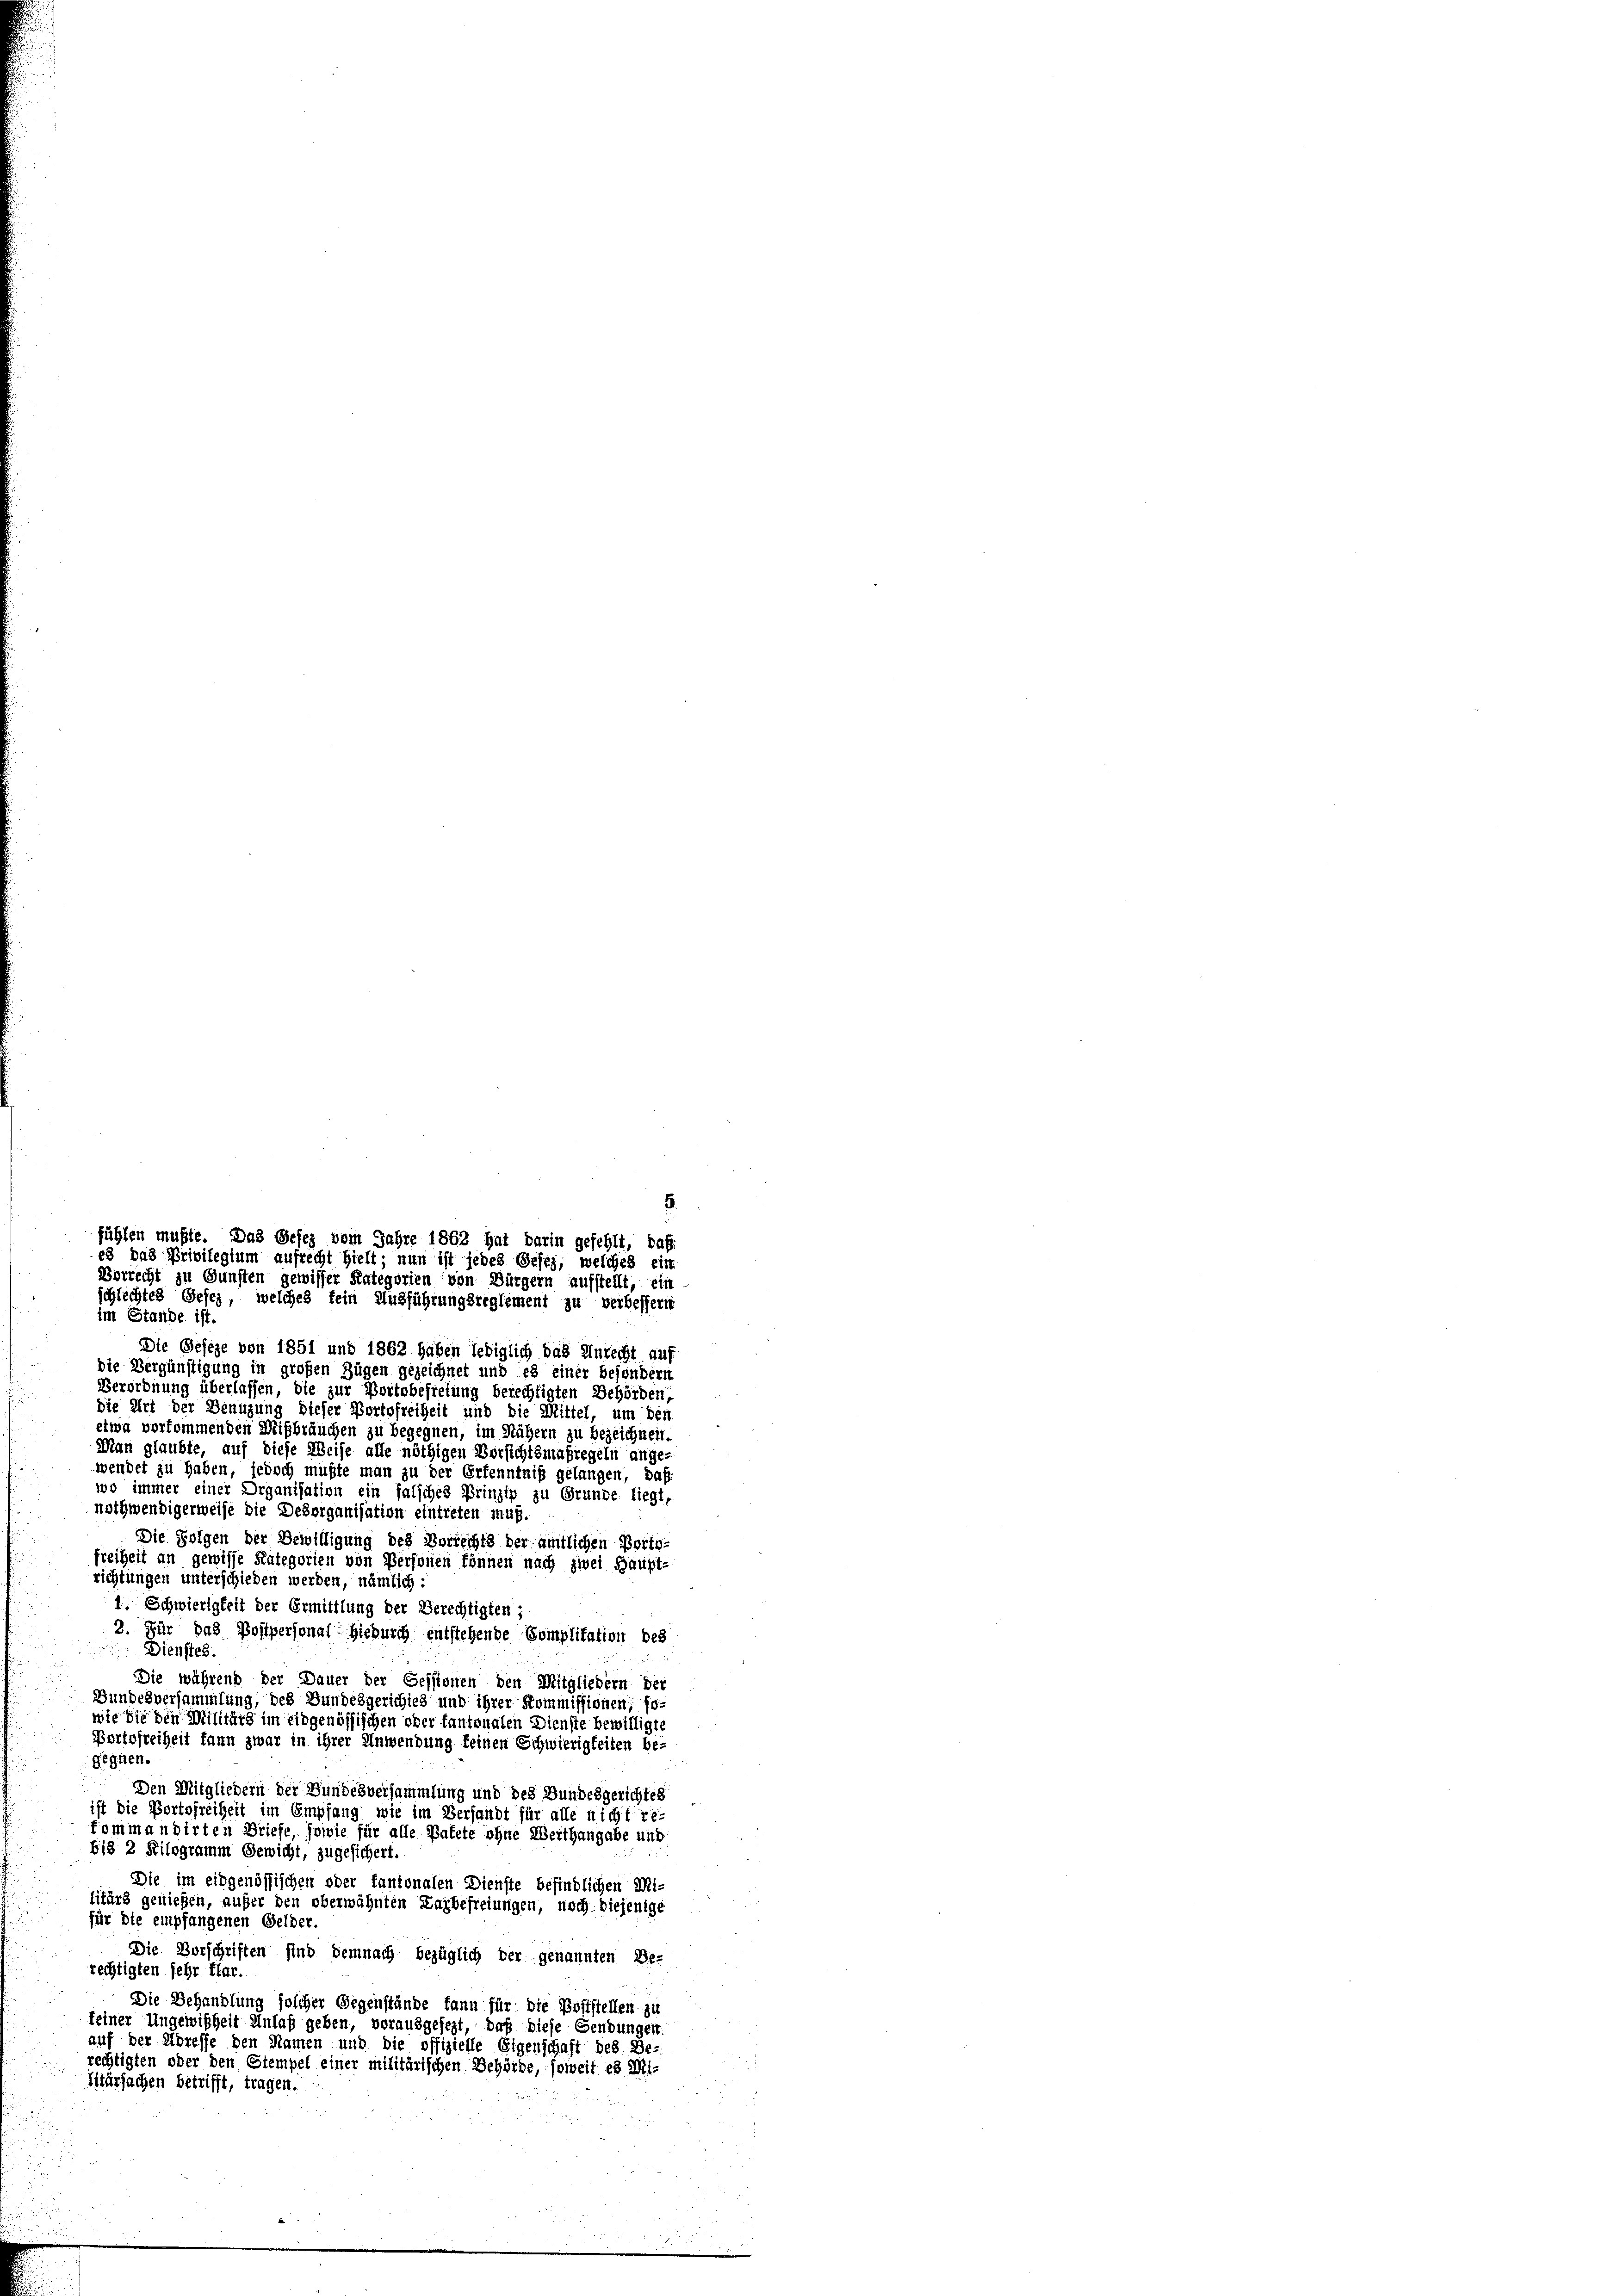
5
fühlen mußte. Das Gesez vom Jahre 1862 hat darin gefehlt, daß
es das Privilegium aufrecht hielt; nun ist jedes Geses, welches ein
Vorrecht zu Gunsten gewisser Kategorien von Bürgern aufstellt, ein
schlechtes Geset, welches fein Ausführungsreglement zu verbessern
im Stande ist.

Die Geseze von 1851 und 1862 haben lediglich das Unrecht auf
die Vergünstigung in großen Zügen gezeichnet und es einer besondern
Verordnung überlassen, die zur Portobefreiung berechtigten Behörden,
Die Art der Benuzung dieser Portofreiheit und die Mittel, um den
etwa vorkommenden Mißbräuchen zu begegnen, im Nähern zu bezeichnen.
Man glaubte, auf diese Weise alle nöthigen Versichtsmaßregeln ange-
wendet zu haben, jedoch mußte man zu der Erkenntniß gelangen, daß
wo immer einer Organisation ein falsches Prinzip zu Grunde liegt,
nothwendigerweise die Desorganisation eintreten muß.
Die Folgen der Bewilligung des Vorrechts der amtlichen Portofreiheit an gewisse Kategorien von Personen können nach zwei Haupt-
richtungen unterschieden werden, nämlich:
1. Schwierigkeit der Ermittlung der Berechtigten;
2. Für das Postpersonal hiedurch entstehende Complitation des
Dienstes.
Die während der Dauer der Sessionen den Mitgliedern der
Bundesversammlung, des Bundesgerichtes und ihrer Kommissionen, so
wie die den Militärs im eidgenössischen oder tantonalen Dienste bewilligte
Portofreiheit kann zwar in ihrer Anwendung keinen Schwierigkeiten be-
gegnen.
Den Mitgliedern der Bundesversammlung und des Bundesgerichtes
ist die Portofreiheit im Empfang wie im Versandt für alle nicht re-
fommandirten Briefe, sowie für alle Patete ohne Werthangabe und
bis 2 Kilogramm Gewicht, zugesichert.
Die im eidgenössischen oder fantonalen Dienste befindlichen Mi-
litärs genießen, außer den oberwähnten Lagbefreiungen, noch diejenige
für die empfangenen Gelder
Die Vorschriften sind demnach bezüglich der genannten Be-
rechtigten sehr flar.
Die Behandlung solcher Gegenstände kann für die Poststellen zu
keiner Ungewißheit Anlaß geben, vorausgesezt, daß diese Gendungen
auf der Abreffe den Namen und die offizielle Eigenschaft des Be-
rechtigten oder den Stempel einer militärischen Behörde, soweit es Mi-
litursachen betrifft, tragen.